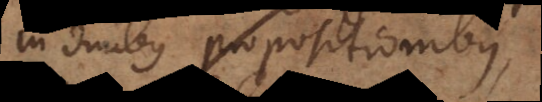
in duabus propositionibus,